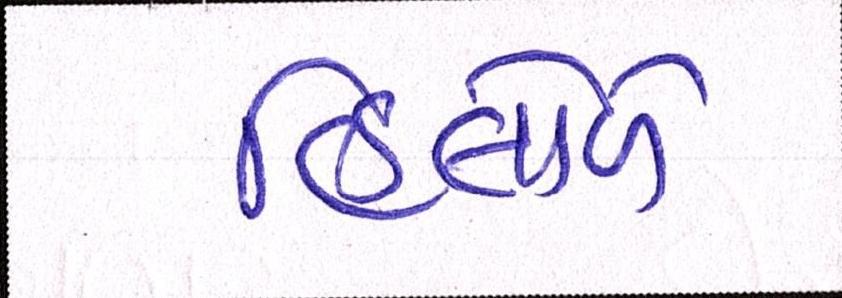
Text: હિલોળે